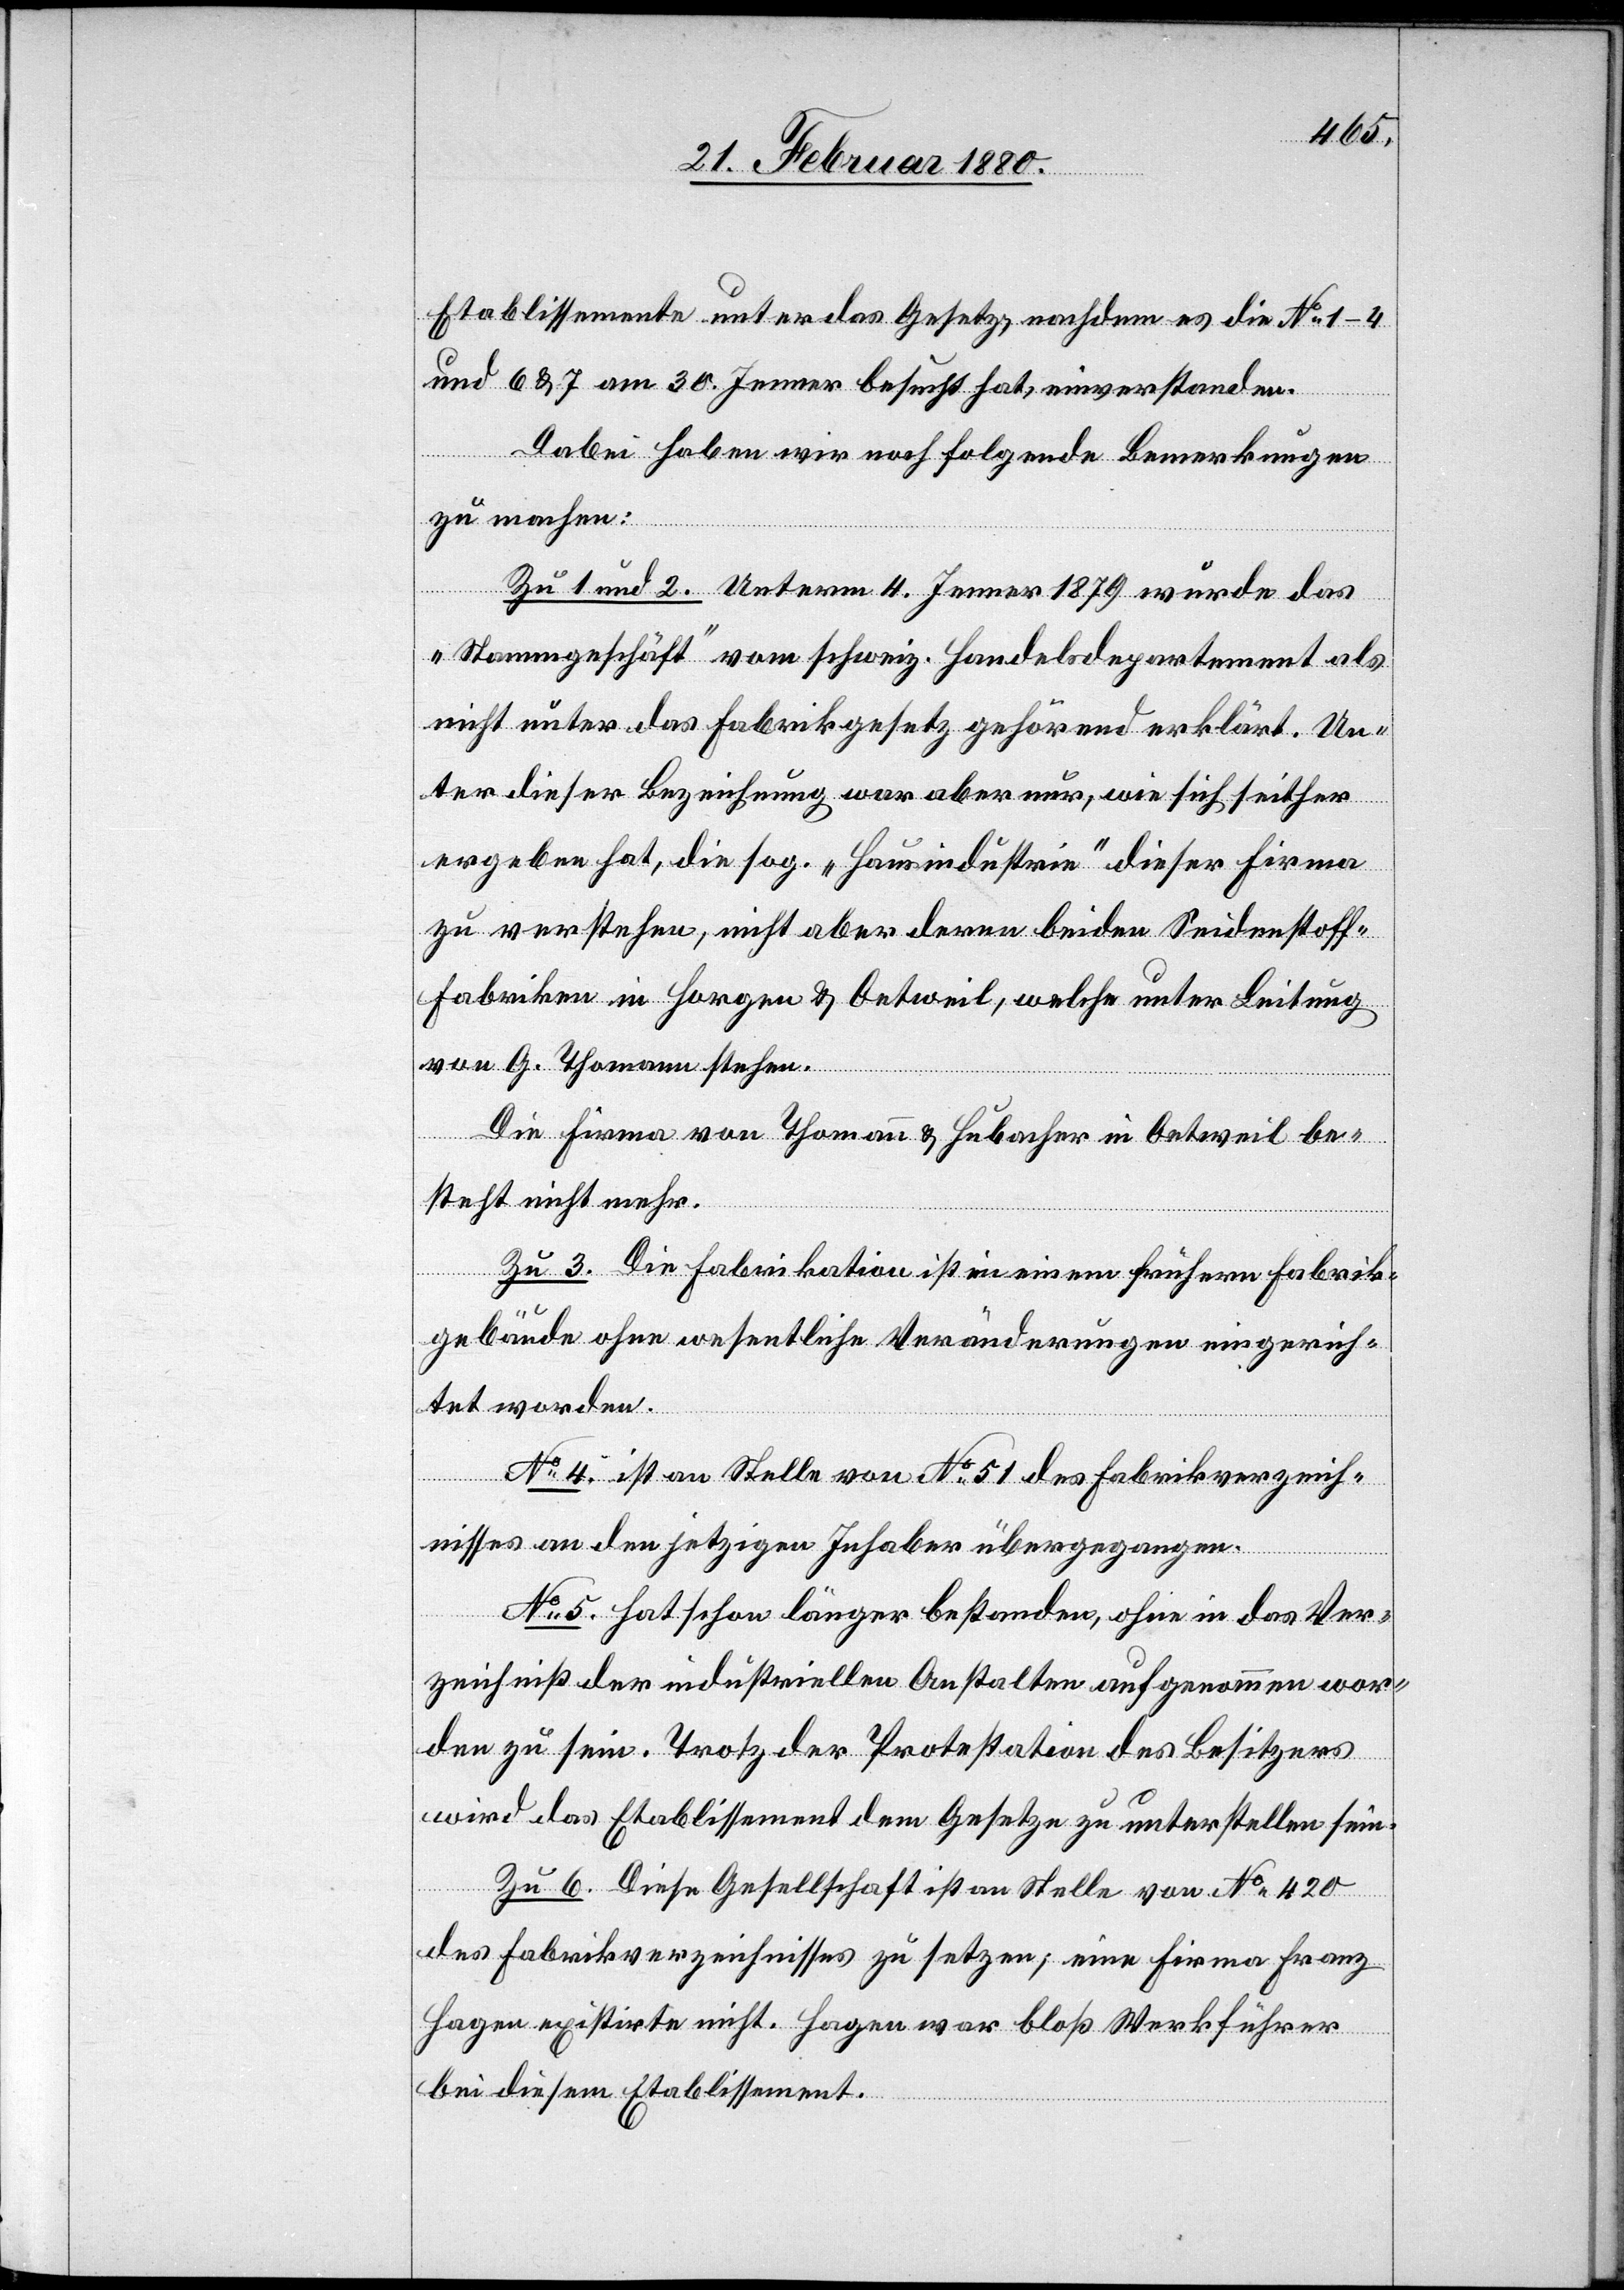
Etablissements unter das Gesetz, nachdem es die No 1–4
und 6 & 7 am 30. Jenner besucht hat, einverstanden.
Dabei haben wir noch folgende Bemerkungen
zu machen:
Zu 1 und 2. Unterm 4. Jenner 1879 wurde das
„Stammgeschäft“ vom schweiz. Handelsdepartement als
nicht unter das Fabrikgesetz gehörend erklärt. Un¬
ter dieser Bezeichnung war aber nur, wie sich seither
ergeben hat, die sog. „Hausindustrie“ dieser Firma
zu verstehen, nicht aber deren beiden Seidenstoff¬
fabriken in Horgen & Oetweil, welche unter Leitung
von G. Thomann stehen.
Die Firma von Thomann & Hubacher in Oetweil be¬
steht nicht mehr.
Zu 3. Die Fabrikation ist in einem frühern Fabrik¬
gebäude ohne wesentliche Veränderungen eingerich¬
tet worden.
No 4 ist an Stelle von No 51 des Fabrikverzeich¬
nisses an den jetzigen Inhaber übergegangen.
No 5. hat schon länger bestanden, ohne in das Ver¬
zeichniß der industriellen Anstalten aufgenommen wor¬
den zu sein. Trotz der Protestation des Besitzers
wird das Etablissement dem Gesetze zu unterstellen sein.
Zu 6. Diese Gesellschaft ist an Stelle von No 420
des Fabrikverzeichnisses zu setzen; eine Firma Franz
Hagen existirte nicht. Hagen war bloß Werkführer
bei diesem Etablissement.